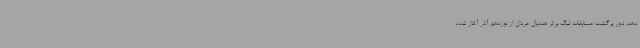
دهد. دور برگشت مسابقات لیگ برتر هندبال مردان از نوزدهم آذر آغاز شده